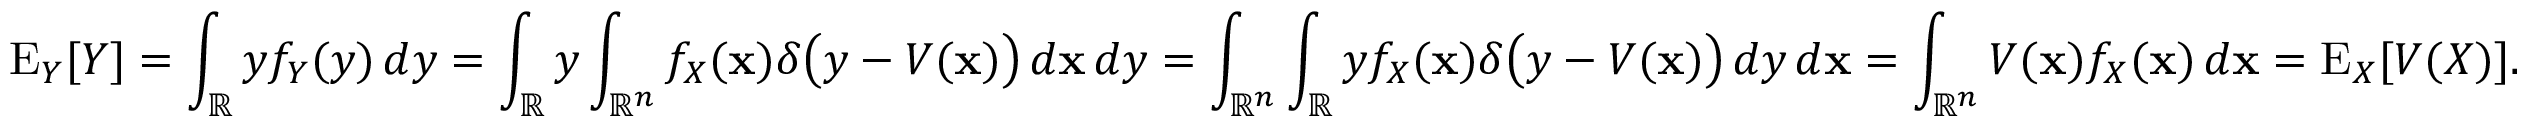
\operatorname { E } _ { Y } [ Y ] = \int _ { \mathbb { R } } y f _ { Y } ( y ) \, d y = \int _ { \mathbb { R } } y \int _ { \mathbb { R } ^ { n } } f _ { X } ( \mathbf { x } ) \delta { \big ( } y - V ( \mathbf { x } ) { \big ) } \, d \mathbf { x } \, d y = \int _ { { \mathbb { R } } ^ { n } } \int _ { \mathbb { R } } y f _ { X } ( \mathbf { x } ) \delta { \big ( } y - V ( \mathbf { x } ) { \big ) } \, d y \, d \mathbf { x } = \int _ { \mathbb { R } ^ { n } } V ( \mathbf { x } ) f _ { X } ( \mathbf { x } ) \, d \mathbf { x } = \operatorname { E } _ { X } [ V ( X ) ] .